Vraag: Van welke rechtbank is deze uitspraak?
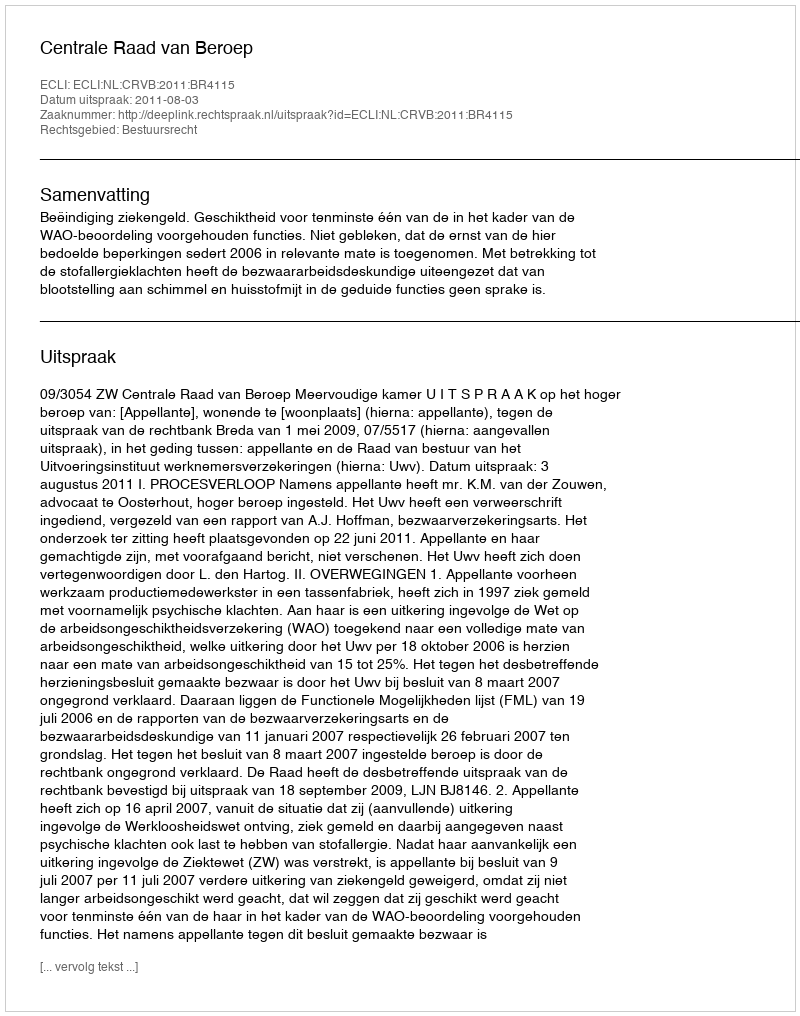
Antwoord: Centrale Raad van Beroep